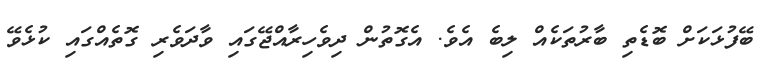
ބޭފުޅަކަށް ބޮޑެތި ބާރުތަކެއް ލިބެ އެވެ. އެގޮތުން ދިވެހިރާއްޖޭގައި ވާދަވެރި ގޮތެއްގައި ކުޅެވޭ